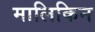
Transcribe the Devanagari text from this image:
मालिकिन